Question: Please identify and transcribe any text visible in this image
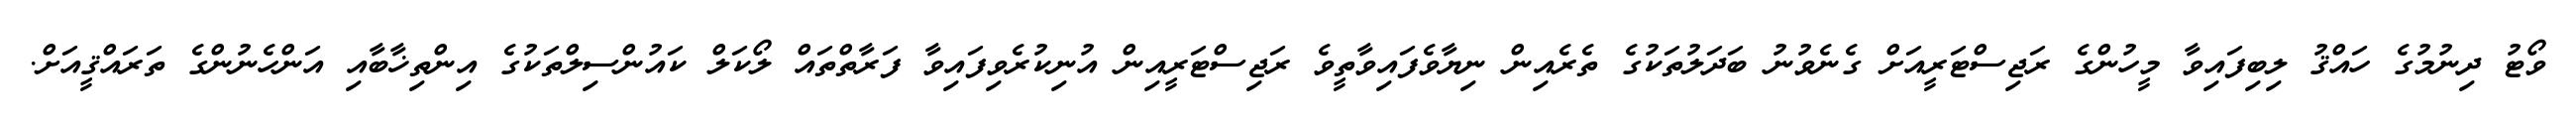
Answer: ވޯޓު ދިނުމުގެ ހައްޤު ލިބިފައިވާ މީހުންގެ ރަޖިސްޓަރީއަށް ގެނެވުނު ބަދަލުތަކުގެ ތެރެއިން ނިޔާވެފައިވާތީވެ ރަޖިސްޓަރީއިން އުނިކުރެވިފައިވާ ފަރާތްތައް ލޯކަލް ކައުންސިލްތަކުގެ އިންތިޚާބާއި އަންހެނުންގެ ތަރައްޤީއަށް.